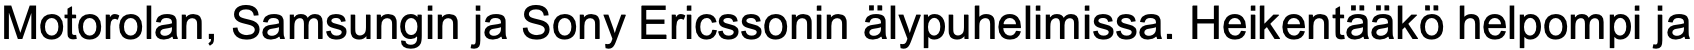
Motorolan, Samsungin ja Sony Ericssonin älypuhelimissa. Heikentääkö helpompi ja